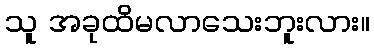
သူ အခုထိမလာသေးဘူးလား။